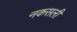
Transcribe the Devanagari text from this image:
नकसली